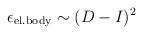
LaTeX: \begin{align*}\epsilon_{\mathrm{el. body}} \sim (D-I)^2\end{align*}